Leaving Certificate Examination (including Day School Certificate (Higher) General paper), 1931
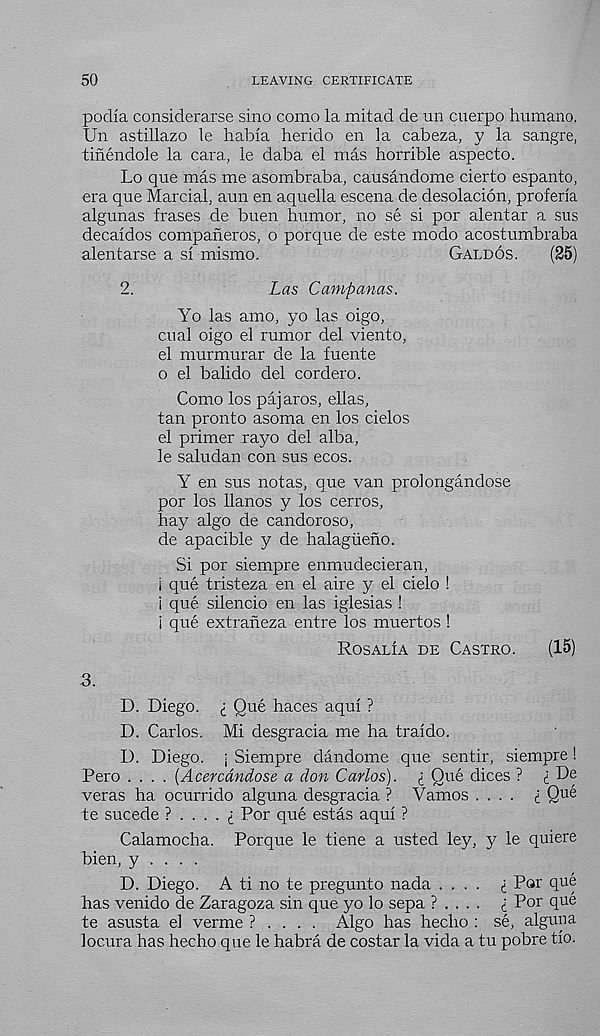
50
LEAVING CERTIFICATE
podia considerarse sino como la mitad de un cuerpo humano.
Un astillazo le habla herido en la cabeza, y la sangre,
tinendole la cara, le daba el mas horrible aspecto.
Lo que mas me asombraba, causandome cierto espanto,
■ era que Marcial. aun en aquella escena de desolacion, proferia
algunas frases de buen humor, no se si por alentar a sus
decaldos companeros, o porque de este modo acostumbraba
alentarse a si mismo.
Galdos.
(25)
2.
Las Campanas.
Yo las amo, yo las oigo,
dial oigo el rumor del viento,
el murmurar de la fuente
o el balido del cordero.
Como los pajaros, ellas,
tan pronto asoma en los cielos
el primer rayo del alba,
le saludan con sus ecos.
Y en sus notas, que van prolongandose
por los llanos y los cerros,
hay algo de candoroso,
de apacible y de halagueno.
Si por siempre enmudecieran,
i que tristeza en el aire y el cielo !
i que silencio en las iglesias !
i que extraneza entre los muertos !
Rosalia de Castro.
(15)
3.
D. Diego. <; Que haces aqul ?
D. Carlos. Mi desgracia me ha traido.
D. Diego, j Siempre dandome que sentir, siempre !
Pero .... {Acercdndose a don Carlos), i Que dices ? i De
veras ha ocurrido alguna desgracia ? Vamos .... i Que
te sucede ?....<; Por que estas aqui ?
Calamocha. Porque le tiene a usted ley, y le quiere
bien, y . . . .
D. Diego. A ti no te pregunto nada .... £ Par que
has venido de Zaragoza sin que yo lo sepa ? . . . . £ Por que
te asusta el verme ? . . . . Algo has hecho : se, alguna
locura has hecho que le habra de costar la vida a tu pobre tio.